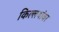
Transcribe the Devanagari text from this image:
किल्लयांवर